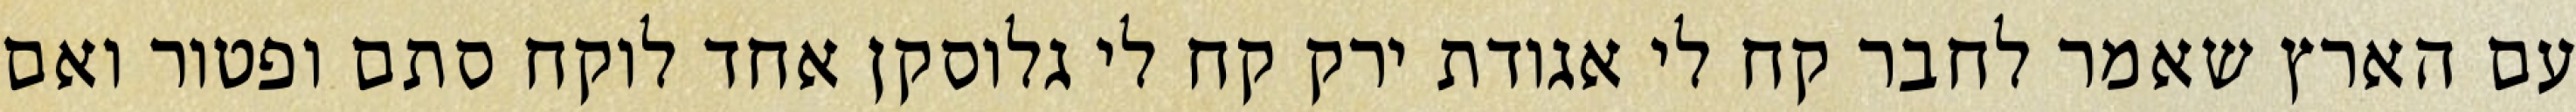
עם הארץ שאמר לחבר קח לי אגודת ירק קח לי גלוסקן אחד לוקח סתם ופטור ואם